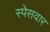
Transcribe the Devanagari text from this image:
स्पेसवार